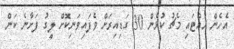
އެހެން ހުއްޓައި މެޗު ކުޅެން 30 ގަޑިއިރަށް ވެފައިވަނިކޮށް ލީގު ފަށާނެ ކަން